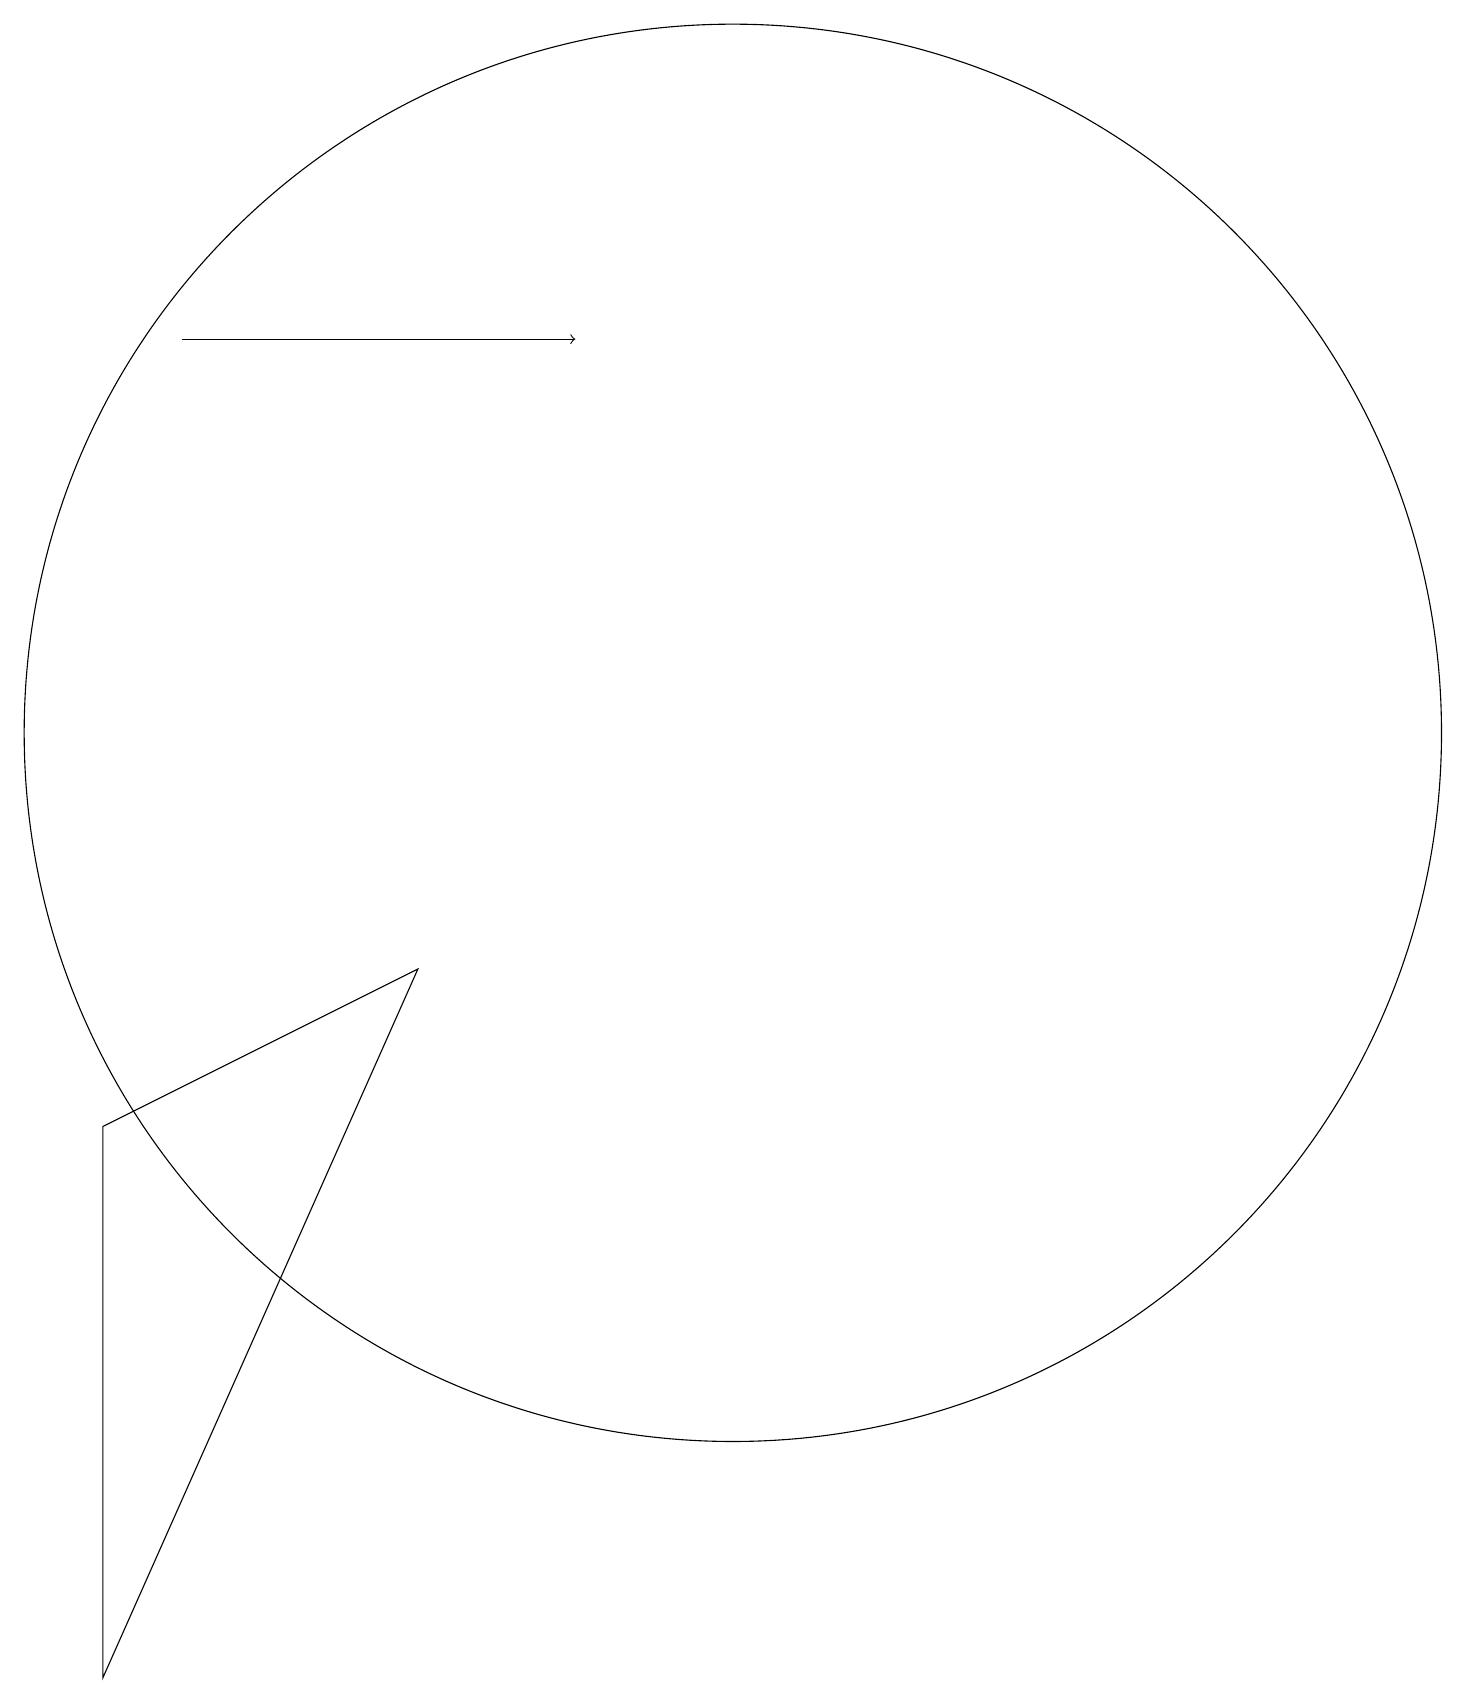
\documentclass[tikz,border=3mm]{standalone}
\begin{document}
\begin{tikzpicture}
\draw[->] (3,17) -- (8,17);
\draw (10,12) circle (9);
\draw (2,7) -- (2,0) -- (6,9) -- cycle;
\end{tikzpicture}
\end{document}